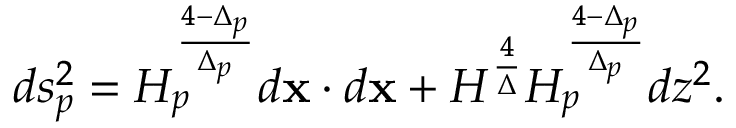
d s _ { p } ^ { 2 } = H _ { p } ^ { \frac { 4 - \Delta _ { p } } { \Delta _ { p } } } d { \bf x } \cdot d { \bf x } + H ^ { \frac { 4 } { \Delta } } H _ { p } ^ { \frac { 4 - \Delta _ { p } } { \Delta _ { p } } } d z ^ { 2 } .